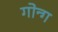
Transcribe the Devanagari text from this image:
गोन्ग